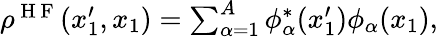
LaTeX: \begin{array}{r}{\rho^{\mathrm{~H~F~}}(x_{1}^{\prime},x_{1})=\sum_{\alpha=1}^{A}\phi_{\alpha}^{*}(x_{1}^{\prime})\phi_{\alpha}(x_{1}),}\end{array}